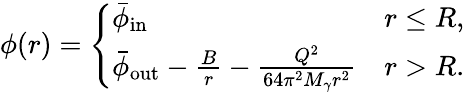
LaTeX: \phi(r)=\left\{ \begin{array}{ll}{\bar{\phi}_{\mathrm{in}}}&{r\leq R,}\\ {\bar{\phi}_{\mathrm{out}}-\frac{B}{r}-\frac{Q^{2}}{64\pi^{2}M_{\gamma}r^{2}}}&{r>R.}\end{array}\right.